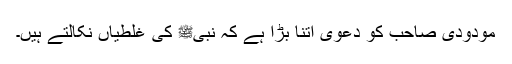
مودودی صاحب کو دعویٰ اتنا بڑا ہے کہ نبیﷺ کی غلطیاں نکالتے ہیں۔